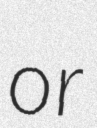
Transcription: or